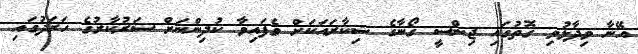
އޭނާ ވިދާޅުވި ގޮތުގައި ޖިންސީ ގޯނާގެ ޝިކާރައަކަށް ވެފައިވާ ކުދިންނަށް ސަރުކާރުގެ ހަރަދުގައި